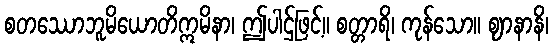
စတဿောဘူမိယောတိဣမိနာ၊ ဤပါဌ်ဖြင့်။ စတ္တာရိ၊ ကုန်သော။ ဈာနာနိ၊